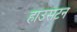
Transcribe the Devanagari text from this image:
हाउसटन